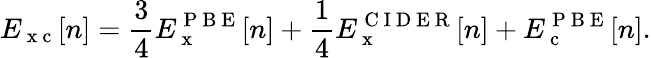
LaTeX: E_{\mathrm{~x~c~}}[n]=\frac{3}{4}E_{\mathrm{~x~}}^{\mathrm{~P~B~E~}}[n]+\frac{1}{4}E_{\mathrm{~x~}}^{\mathrm{~C~I~D~E~R~}}[n]+E_{\mathrm{~c~}}^{\mathrm{~P~B~E~}}[n].